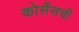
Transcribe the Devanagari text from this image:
कोर्सेसची